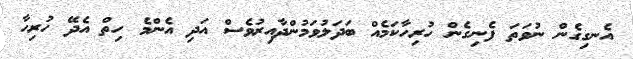
އެނގިގެން ނުވަތަ ފެނިގެން ހުރިހާކަމެއް ބަދަލުވަމުންދާއިރުވެސް އަދި އެންމެ ހިތް އެދޭ ހުރިހާ